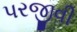
પરજીવી